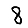
Digit: 8